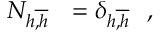
N _ { h \overline { { { , h } } } \ \ } = \delta _ { h \overline { { { , h } } } \ \ } ,